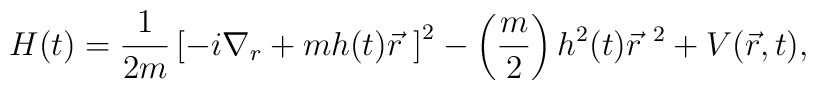
H(t) = \frac{1}{2 m}        \left[ - i {\nabla}_r + m h(t) \vec r \ \right]^2      - \left( \frac{m}{2} \right) h^2(t) {\vec r}^{\ 2} + V( \vec r, t ),